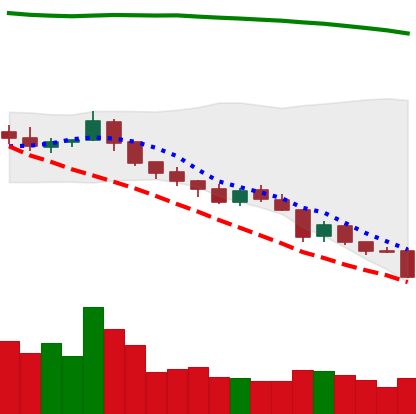
Ticker: TRX-USD
Chart end date: 2018-08-13
Forward return: 11.657%
Label: up_7plus